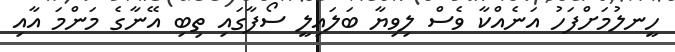
ހީނލުމަށްފަހު އަނެއްކާ ވެސް ލިވިޔާ ބަލައިލީ ސޯފާގައި ތިބި އޭނާގެ މަންމަ އާއި